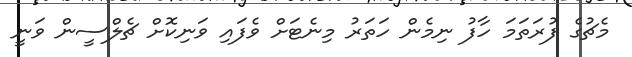
މެޗުގެ ފުރަތަމަ ހާފު ނިމެން ހަތަރު މިނެޓަށް ވެފައި ވަނިކޮށް ޗެލްސީން ވަނީ